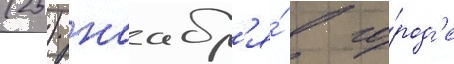
(25) ноабр'я́ в го́род'е